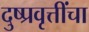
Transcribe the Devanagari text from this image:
दुष्प्रवृत्तींचा